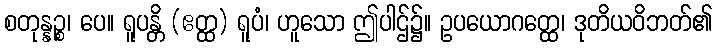
စတုန္နဉ္စ၊ ပေ။ ရူပန္တိ (ဧတ္ထ) ရူပံ၊ ဟူသော ဤပါဌ်၌။ ဥပယောဂတ္ထေ၊ ဒုတိယဝိဘတ်၏